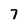
Character: 7